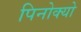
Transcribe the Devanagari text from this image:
पिनोक्यो